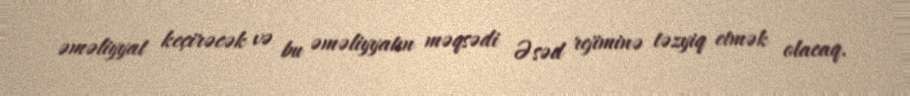
əməliyyat keçirəcək və bu əməliyyatın məqsədi Əsəd rejiminə təzyiq etmək olacaq.